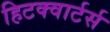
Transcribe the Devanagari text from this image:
हिटक्वार्टर्स